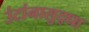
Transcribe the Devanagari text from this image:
उंटांनासुद्धा